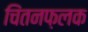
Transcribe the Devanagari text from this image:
चिंतनफ़लक